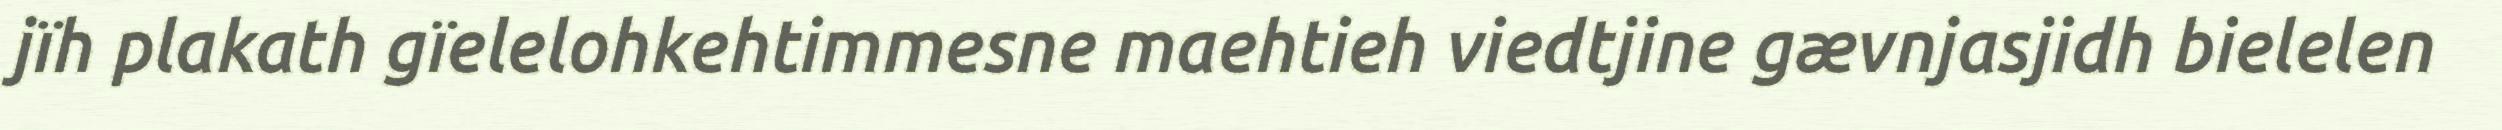
jïh plakath gïelelohkehtimmesne maehtieh viedtjine gævnjasjidh bielelen